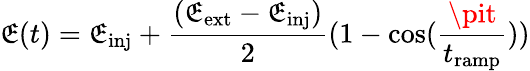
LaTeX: \mathfrak{E}(t)=\mathfrak{E}_{\mathrm{{inj}}}+\frac{{(\mathfrak{E}_{\mathrm{{ext}}}-\mathfrak{E}_{\mathrm{{inj}}})}}{{2}}(1-\cos(\frac{{\pit}}{{t_{\textrm{{ramp}}}}}))